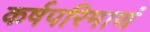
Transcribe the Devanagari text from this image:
कर्षपरिमाणं